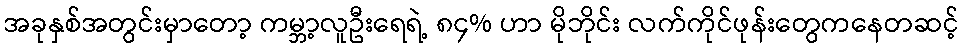
အခုနှစ်အတွင်းမှာတော့ ကမ္ဘာ့လူဦးရေရဲ့ ၈၄% ဟာ မိုဘိုင်း လက်ကိုင်ဖုန်းတွေကနေတဆင့်